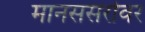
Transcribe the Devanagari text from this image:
मानससरोवर